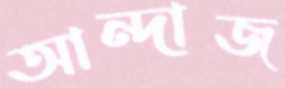
আন্দাজ